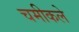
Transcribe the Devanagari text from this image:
चमीकले